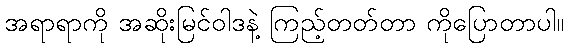
အရာရာကို အဆိုးမြင်ဝါဒနဲ့ ကြည့်တတ်တာ ကိုပြောတာပါ။